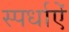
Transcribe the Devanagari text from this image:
स्पर्धाऐं